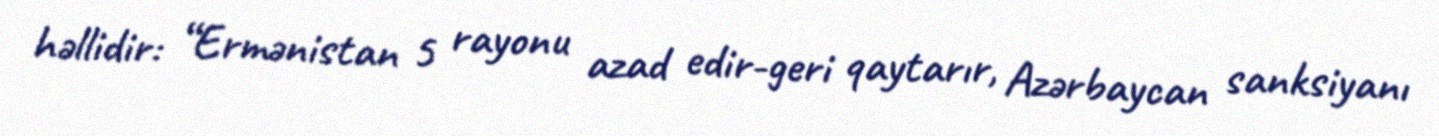
həllidir: “Ermənistan 5 rayonu azad edir-geri qaytarır, Azərbaycan sanksiyanı